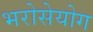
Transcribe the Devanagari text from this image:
भरोसेयोग